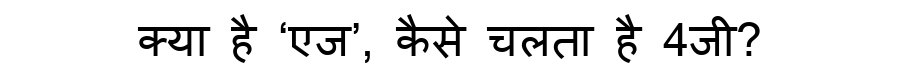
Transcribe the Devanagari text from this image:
क्या है ‘एज’, कैसे चलता है 4जी?